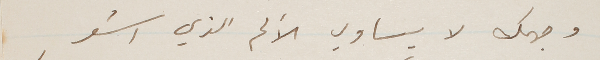
وجهك لا يساوي الألم الذي اشعر